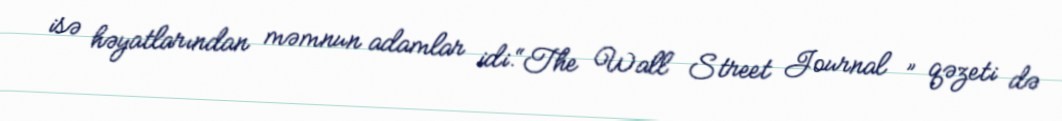
isə həyatlarından məmnun adamlar idi.“The Wall Street Journal ” qəzeti də